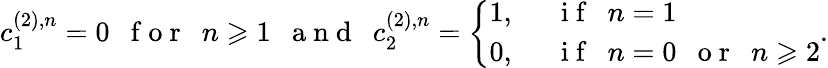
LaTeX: c_{1}^{(2),n}=0\mathrm{~~~f~o~r~~~}n\geqslant 1\mathrm{~~~a~n~d~~~}c_{2}^{(2),n}=\left\{ \begin{array}{ll}{1,}&{\mathrm{~~~i~f~~~}n=1}\\ {0,}&{\mathrm{~~~i~f~~~}n=0\mathrm{~~~o~r~~~}n\geqslant 2}\end{array}\right..